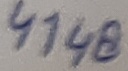
Text: 4148